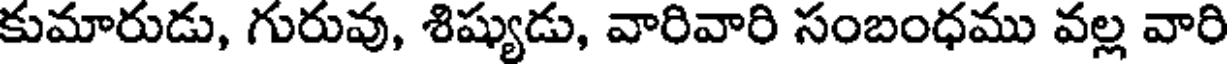
కుమారుడు, గురువు, శిష్యుడు, వారివారి సంబంధము వల్ల వారి